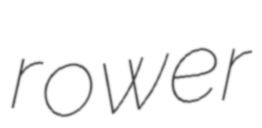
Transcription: rower